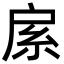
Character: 䋀